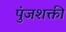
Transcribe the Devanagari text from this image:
पुंजशक्ती